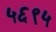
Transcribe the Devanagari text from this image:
५६९५